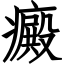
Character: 癜